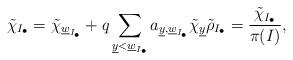
LaTeX: \begin{align*}\tilde\chi_{I_\bullet}=\tilde\chi_{\underline{w}_{I_\bullet}}+q\sum_{\underline{y}<\underline{w}_{I_\bullet}}a_{\underline{y},\underline{w}_{I_\bullet}}\tilde\chi_{\underline{y}}\tilde\rho_{I_\bullet}=\frac{\tilde\chi_{I_\bullet}}{\pi(I)},\end{align*}